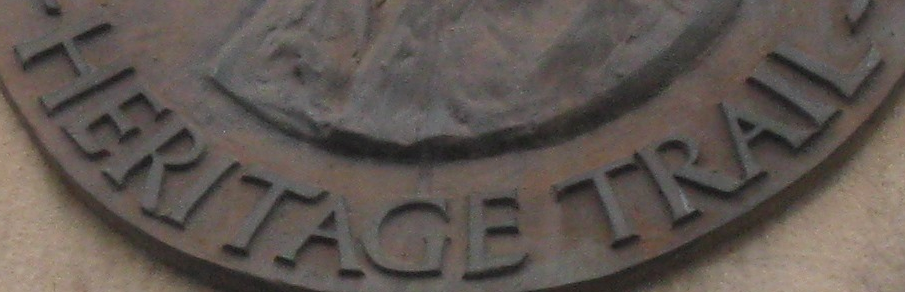
HERITAGE TRAIL